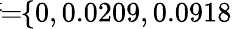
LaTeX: \! \! \! \overline{{\sigma}}\! \! =\! \! \{ 0,0.0209,0.0918\} \! \! \!